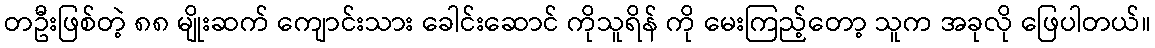
တဦးဖြစ်တဲ့ ၈၈ မျိုးဆက် ကျောင်းသား ခေါင်းဆောင် ကိုသူရိန် ကို မေးကြည့်တော့ သူက အခုလို ဖြေပါတယ်။